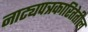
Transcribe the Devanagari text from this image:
नाट्यपत्रकारितेतील